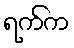
ရက်က